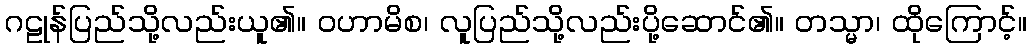
ဂဠုန်ပြည်သို့လည်းယူ၏။ ဝဟာမိစ၊ လူပြည်သို့လည်းပို့ဆောင်၏။ တသ္မာ၊ ထိုကြောင့်။